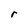
Character: r